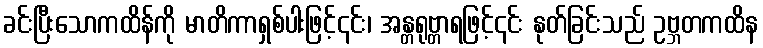
ခင်းပြီးသောကထိန်ကို မာတိကာရှစ်ပါးဖြင့်၎င်း၊ အန္တရုဗ္တာရဖြင့်၎င်း နုတ်ခြင်းသည် ဥဗ္ဘတကထိန